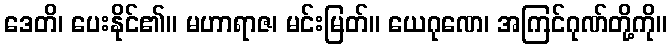
ဒေတိ၊ ပေးနိုင်၏။ မဟာရာဇ၊ မင်းမြတ်။ ယေဂုဏေ၊ အကြင်ဂုဏ်တို့ကို။